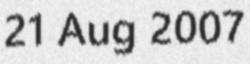
21 Aug 2007